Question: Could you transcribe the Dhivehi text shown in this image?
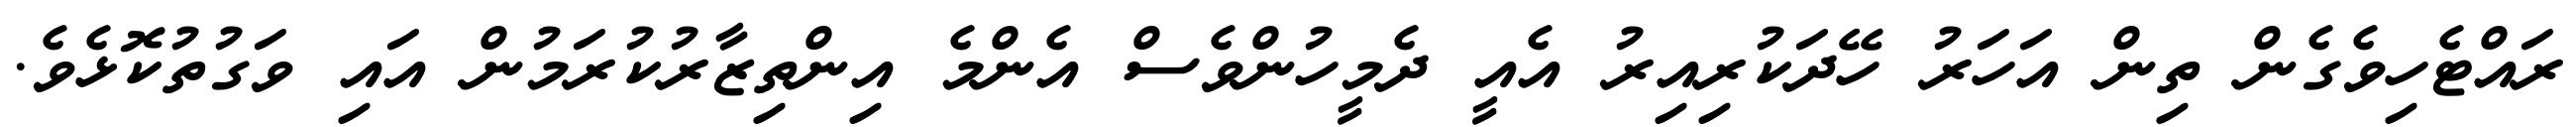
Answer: ރައްޓެހިވެގެން ތިން އަހަރު ހޭދަކުރިއިރު އެއީ ދެމީހުންވެސް އެންމެ އިންތިޒާރުކުރަމުން އައި ވަގުތުކޮޅެވެ.